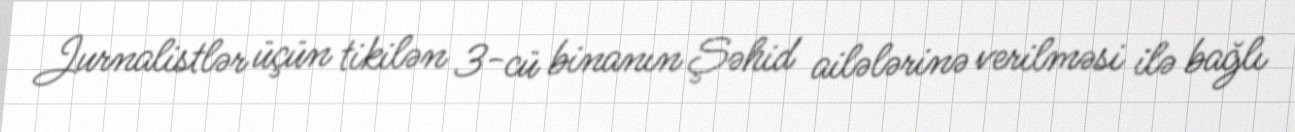
Jurnalistlər üçün tikilən 3-cü binanın Şəhid ailələrinə verilməsi ilə bağlı